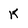
Character: K